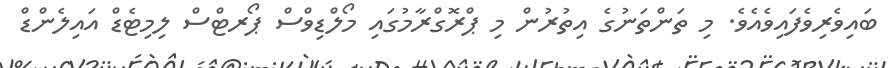
ބައިވެރިވެފައިވެއެވެ. މި ތަންތަނުގެ އިތުރުން މި ޕްރޮގްރާމުގައި މޯލްޑިވްސް ޕޯރޓްސް ލިމިޓެޑް އައިލެންޑް